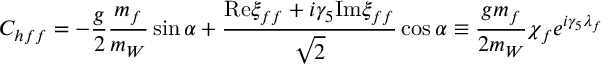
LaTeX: C _ { h f f } = - { \frac { g } { 2 } } { \frac { m _ { f } } { m _ { W } } } \sin \alpha + { \frac { \mathrm { R e } \xi _ { f f } + i \gamma _ { 5 } \mathrm { I m } \xi _ { f f } } { \sqrt { 2 } } } \cos \alpha \equiv { \frac { g m _ { f } } { 2 m _ { W } } } \chi _ { f } e ^ { i \gamma _ { 5 } \lambda _ { f } }